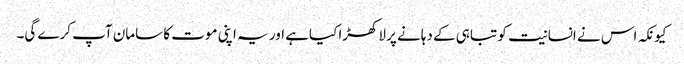
کیونکہ اس نے انسانیت کو تباہی کے دہانے پر لاکھڑا کیاہے اور یہ اپنی موت کا سامان آپ کرے گی۔